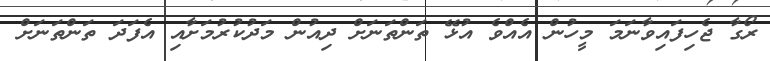
ރޯގާ ޖެހިފައިވާނަމަ މީހުން އެއްވެ އުޅޭ ތަންތަނަށް ދިއުން މަދުކުރުމަށާއި އެފަދަ ތަންތަނަށް